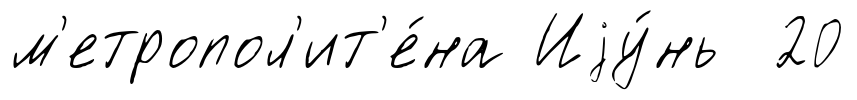
м'етропол'ит'е́на Иjу́нь 20